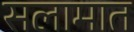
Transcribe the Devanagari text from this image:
सलामात